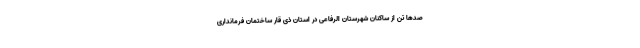
صدها تن از ساکنان شهرستان الرفاعی در استان ذی قار ساختمان فرمانداری